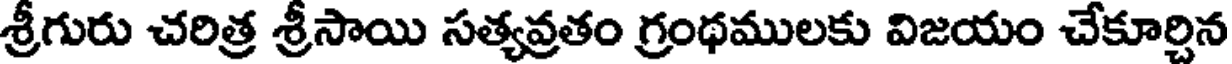
శ్రీగురు చరిత్ర శ్రీసాయి సత్యవ్రతం గ్రంథములకు విజయం చేకూర్చిన